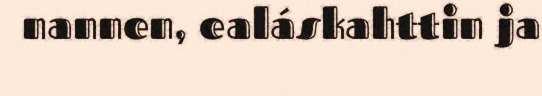
nannen, ealáskahttin ja